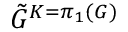
{ \tilde { G } } ^ { K = \pi _ { 1 } ( G ) }